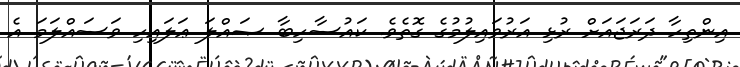
އިންތިހާ ދަރަޖައަށް ރުޅި އަރުވައިލުމުގެ ގޮތެވެ. ކައުސާހިބާ ޞައްލަ ޢަލައިހި ވަސައްލަމަ އެ